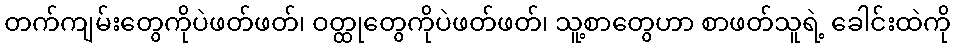
တက်ကျမ်းတွေကိုပဲဖတ်ဖတ်၊ ဝတ္ထုတွေကိုပဲဖတ်ဖတ်၊ သူ့စာတွေဟာ စာဖတ်သူရဲ့ ခေါင်းထဲကို